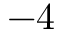
- 4